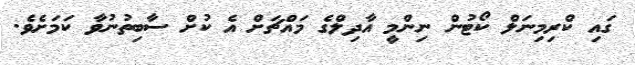
ގައި ކްރިމިނަލް ކޯޓުން ނިންމީ އާދިލްގެ މައްޗަށް އެ ކުށް ސާބިތުނުވާ ކަމަށެވެ.